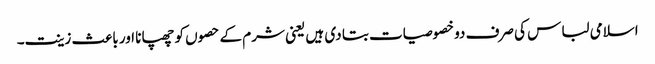
اسلامی لباس کی صرف دو خصوصیات بتا دی ہیں یعنی شرم کے حصوں کو چھپانا اور باعث زینت۔